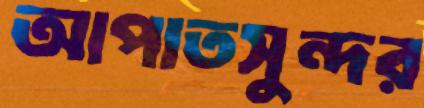
আপাতসুন্দর